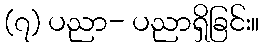
(၇) ပညာ- ပညာရှိခြင်း။